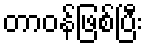
တာဝန်ဖြစ်ပြီး